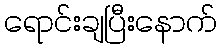
ရောင်းချပြီးနောက်